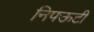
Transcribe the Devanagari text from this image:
निपऊटी